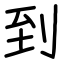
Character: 到